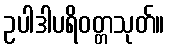
ဥပါဒါပရိဝတ္တသုတ်။